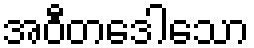
အဝီတဒေါသော